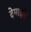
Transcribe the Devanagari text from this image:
देमाइसें